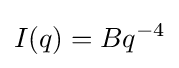
I(q)=Bq^{-4}